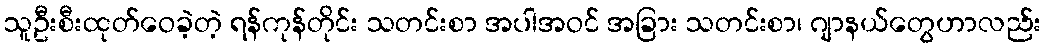
သူဦးစီးထုတ်ဝေခဲ့တဲ့ ရန်ကုန်တိုင်း သတင်းစာ အပါအဝင် အခြား သတင်းစာ၊ ဂျာနယ်တွေဟာလည်း